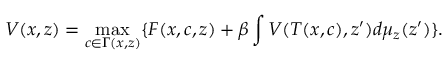
V ( x , z ) = \operatorname* { m a x } _ { c \in \Gamma ( x , z ) } \{ F ( x , c , z ) + \beta \int V ( T ( x , c ) , z ^ { \prime } ) d \mu _ { z } ( z ^ { \prime } ) \} .